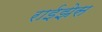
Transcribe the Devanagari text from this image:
राईझेस